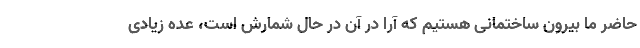
حاضر ما بیرون ساختمانی هستیم که آرا در آن در حال شمارش است، عده زیادی